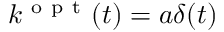
k ^ { \mathrm { ~ o ~ p ~ t ~ } } ( t ) = a \delta ( t )